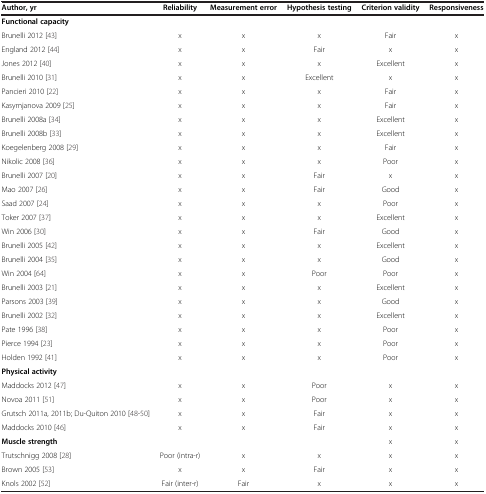
<table><thead><tr><td><b>Author, yr</b></td><td><b>Reliability</b></td><td><b>Measurement error</b></td><td><b>Hypothesis testing</b></td><td><b>Criterion validity</b></td><td><b>Responsiveness</b></td></tr></thead><tbody><tr><td><b>Functional capacity</b></td><td> </td><td> </td><td> </td><td> </td><td> </td></tr><tr><td>Brunelli 2012[43]</td><td>x</td><td>x</td><td>x</td><td>Fair</td><td>x</td></tr><tr><td>England 2012[44]</td><td>x</td><td>x</td><td>Fair</td><td>x</td><td>x</td></tr><tr><td>Jones 2012[40]</td><td>x</td><td>x</td><td>x</td><td>Excellent</td><td>x</td></tr><tr><td>Brunelli 2010[31]</td><td>x</td><td>x</td><td>Excellent</td><td>x</td><td>x</td></tr><tr><td>Pancieri 2010[22]</td><td>x</td><td>x</td><td>x</td><td>Fair</td><td>x</td></tr><tr><td>Kasymjanova 2009[25]</td><td>x</td><td>x</td><td>x</td><td>Fair</td><td>x</td></tr><tr><td>Brunelli 2008a[34]</td><td>x</td><td>x</td><td>x</td><td>Excellent</td><td>x</td></tr><tr><td>Brunelli 2008b[33]</td><td>x</td><td>x</td><td>x</td><td>Excellent</td><td>x</td></tr><tr><td>Koegelenberg 2008[29]</td><td>x</td><td>x</td><td>x</td><td>Fair</td><td>x</td></tr><tr><td>Nikolic 2008[36]</td><td>x</td><td>x</td><td>x</td><td>Poor</td><td>x</td></tr><tr><td>Brunelli 2007[20]</td><td>x</td><td>x</td><td>Fair</td><td>x</td><td>x</td></tr><tr><td>Mao 2007[26]</td><td>x</td><td>x</td><td>Fair</td><td>Good</td><td>x</td></tr><tr><td>Saad 2007[24]</td><td>x</td><td>x</td><td>x</td><td>Poor</td><td>x</td></tr><tr><td>Toker 2007[37]</td><td>x</td><td>x</td><td>x</td><td>Excellent</td><td>x</td></tr><tr><td>Win 2006[30]</td><td>x</td><td>x</td><td>Fair</td><td>Good</td><td>x</td></tr><tr><td>Brunelli 2005[42]</td><td>x</td><td>x</td><td>x</td><td>Excellent</td><td>x</td></tr><tr><td>Brunelli 2004[35]</td><td>x</td><td>x</td><td>x</td><td>Good</td><td>x</td></tr><tr><td>Win 2004[64]</td><td>x</td><td>x</td><td>Poor</td><td>Poor</td><td>x</td></tr><tr><td>Brunelli 2003[21]</td><td>x</td><td>x</td><td>x</td><td>Excellent</td><td>x</td></tr><tr><td>Parsons 2003[39]</td><td>x</td><td>x</td><td>x</td><td>Good</td><td>x</td></tr><tr><td>Brunelli 2002[32]</td><td>x</td><td>x</td><td>x</td><td>Excellent</td><td>x</td></tr><tr><td>Pate 1996[38]</td><td>x</td><td>x</td><td>x</td><td>Poor</td><td>x</td></tr><tr><td>Pierce 1994[23]</td><td>x</td><td>x</td><td>x</td><td>Poor</td><td>x</td></tr><tr><td>Holden 1992[41]</td><td>x</td><td>x</td><td>x</td><td>Poor</td><td>x</td></tr><tr><td><b>Physical activity</b></td><td> </td><td> </td><td> </td><td> </td><td> </td></tr><tr><td>Maddocks 2012[47]</td><td>x</td><td>x</td><td>Poor</td><td>x</td><td>x</td></tr><tr><td>Novoa 2011[51]</td><td>x</td><td>x</td><td>Poor</td><td>x</td><td>x</td></tr><tr><td>Grutsch 2011a, 2011b; Du-Quiton 2010[48-50]</td><td>x</td><td>x</td><td>Fair</td><td>x</td><td>x</td></tr><tr><td>Maddocks 2010[46]</td><td>x</td><td>x</td><td>Fair</td><td>x</td><td>x</td></tr><tr><td><b>Muscle strength</b></td><td> </td><td> </td><td> </td><td>x</td><td>x</td></tr><tr><td>Trutschnigg 2008[28]</td><td>Poor (intra-r)</td><td>x</td><td>x</td><td>x</td><td>x</td></tr><tr><td>Brown 2005[53]</td><td>x</td><td>x</td><td>Fair</td><td>x</td><td>x</td></tr><tr><td>Knols 2002[52]</td><td>Fair (inter-r)</td><td>Fair</td><td>x</td><td>x</td><td>x</td></tr></tbody></table>